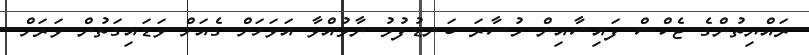
ރައްޔިތުންގެ ޓެކްސް ފައިސާއިން މުސާރަ ބަނޑުފުޅު ނާޅުއްވާ އަވަހަށް ގެއަށް ވަޑައިގަތުން ވަރަށް